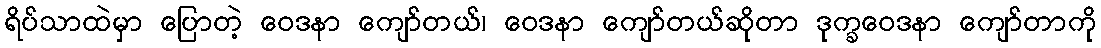
ရိပ်သာထဲမှာ ပြောတဲ့ ဝေဒနာ ကျော်တယ်၊ ဝေဒနာ ကျော်တယ်ဆိုတာ ဒုက္ခဝေဒနာ ကျော်တာကို